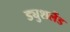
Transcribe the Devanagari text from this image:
ड्युशलैंड